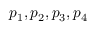
p _ { 1 } , p _ { 2 } , p _ { 3 } , p _ { 4 }